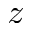
z